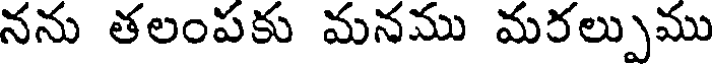
నను తలంపకు మనము మరల్పుము